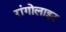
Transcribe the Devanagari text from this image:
रांगोलाइट